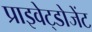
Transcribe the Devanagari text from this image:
प्राइवेट्डोजेंट